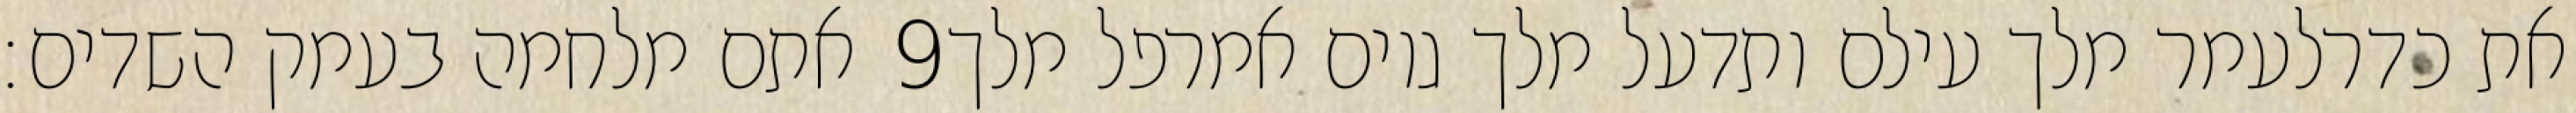
אתם מלחמה בעמק השדים׃ ‎9‏ את כדרלעמר מלך עילם ותדעל מלך גוים אמרפל מלך